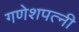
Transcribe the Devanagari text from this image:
गणेशपत्नी